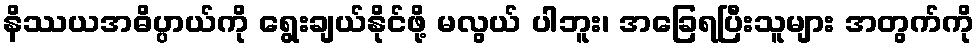
နိဿယအဓိပ္ပာယ်ကို ရွေးချယ်နိုင်ဖို့ မလွယ် ပါဘူး၊ အခြေရပြီးသူများ အတွက်ကို